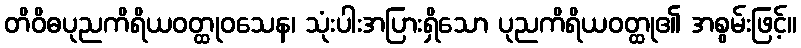
တိဝိဓပုညကိရိယဝတ္ထုဝသေန၊ သုံးပါးအပြားရှိသော ပုညကိရိယဝတ္ထု၏ အစွမ်းဖြင့်။